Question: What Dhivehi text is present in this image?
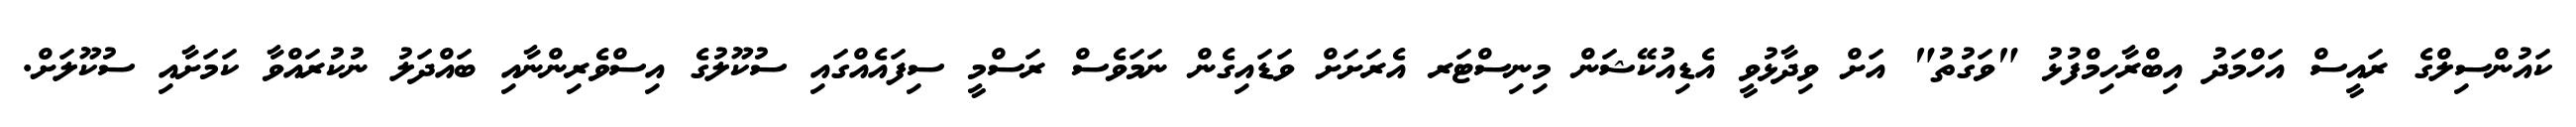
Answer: ކައުންސިލްގެ ރައީސް އަހްމަދު އިބްރާހިމްފުޅު "ވަގުތު" އަށް ވިދާޅުވީ އެޑިއުކޭޝަން މިނިސްޓަރ އެރަށަށް ވަޑައިގެން ނަމަވެސް ރަސްމީ ސިފައެއްގައި ސުކޫލުގެ އިސްވެރިންނާއި ބައްދަލު ނުކުރައްވާ ކަމަށާއި ސުކޫލަށް.